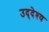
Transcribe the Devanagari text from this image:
उद्‌देश्‍य